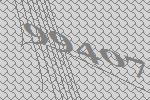
99407